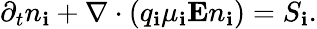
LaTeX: {\partial_{t}n_{\mathbf{i}}+\nabla\cdot(q_{\mathbf{i}}\mu_{\mathbf{i}}\mathbf{{E}}n_{\mathbf{i}})=S_{\mathbf{i}}.}